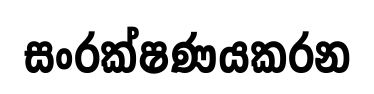
සංරක්ෂණයකරන